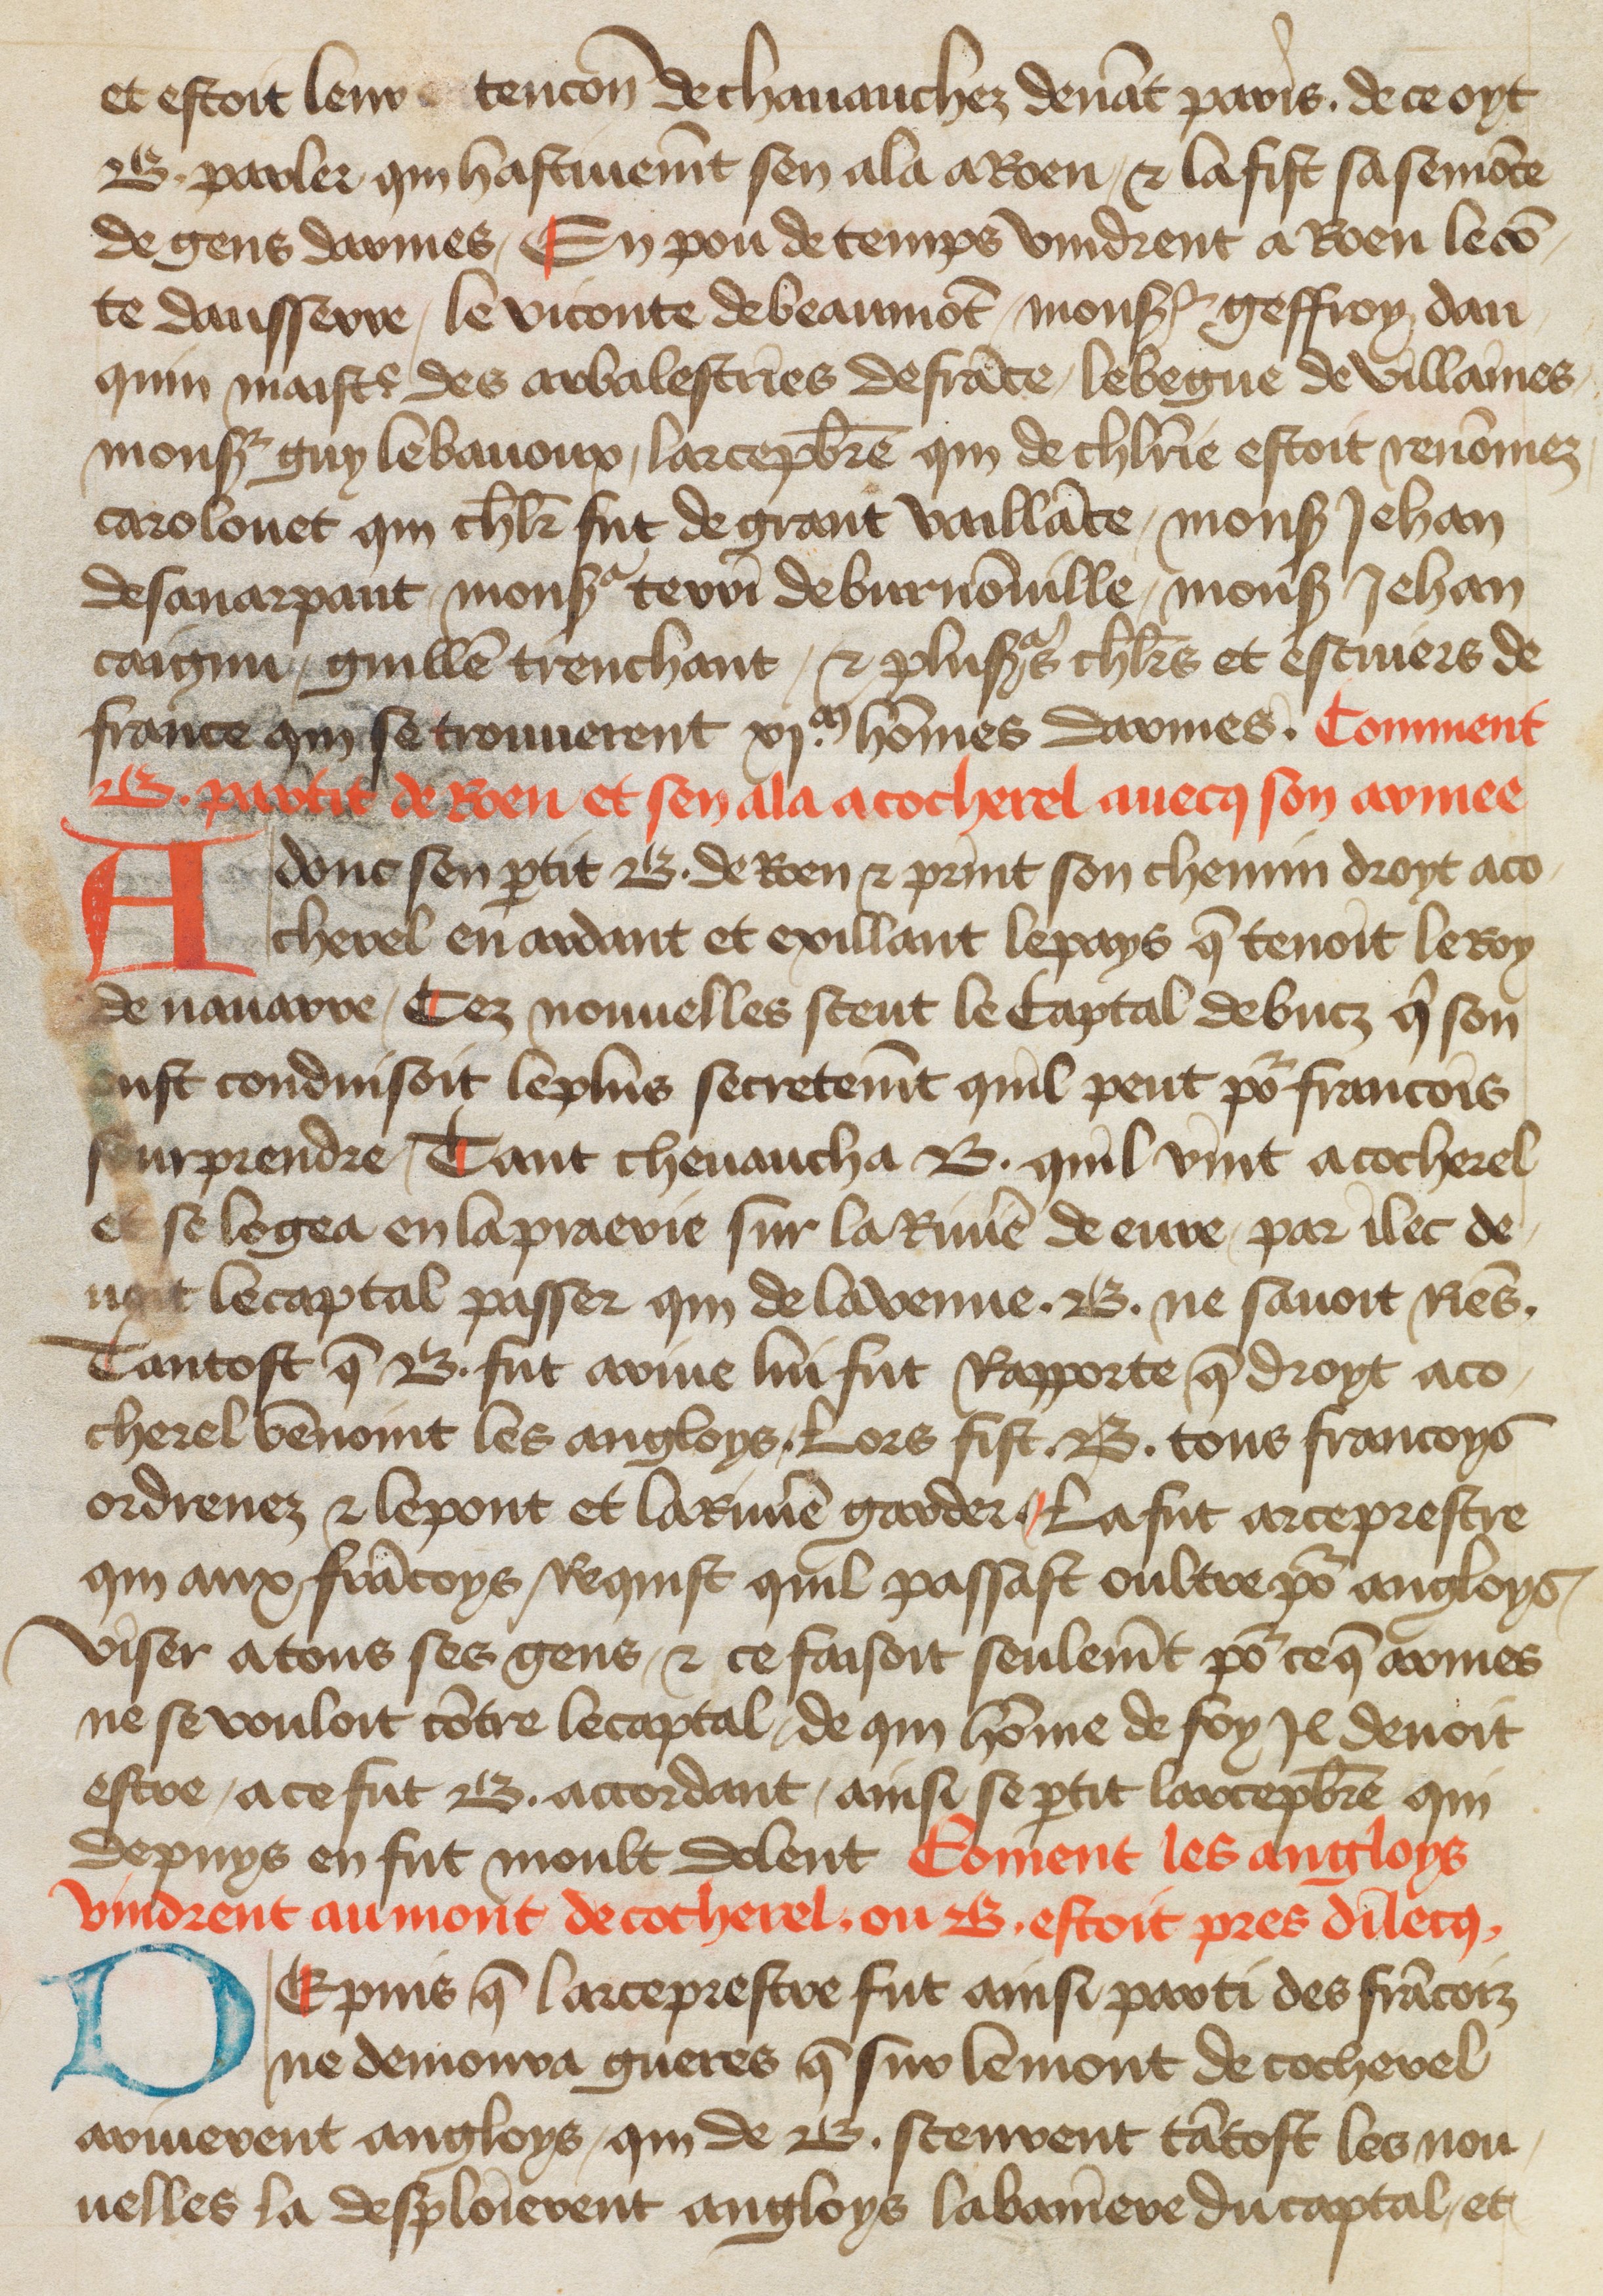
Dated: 1400–1499